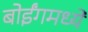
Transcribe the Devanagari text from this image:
बोईंगमध्ये